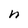
Character: h